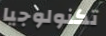
تكنولوجيا